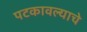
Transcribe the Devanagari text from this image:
पटकावल्याचे